Annual vaccination report of Bihar and Orissa - 1911-1928
Year: 1911
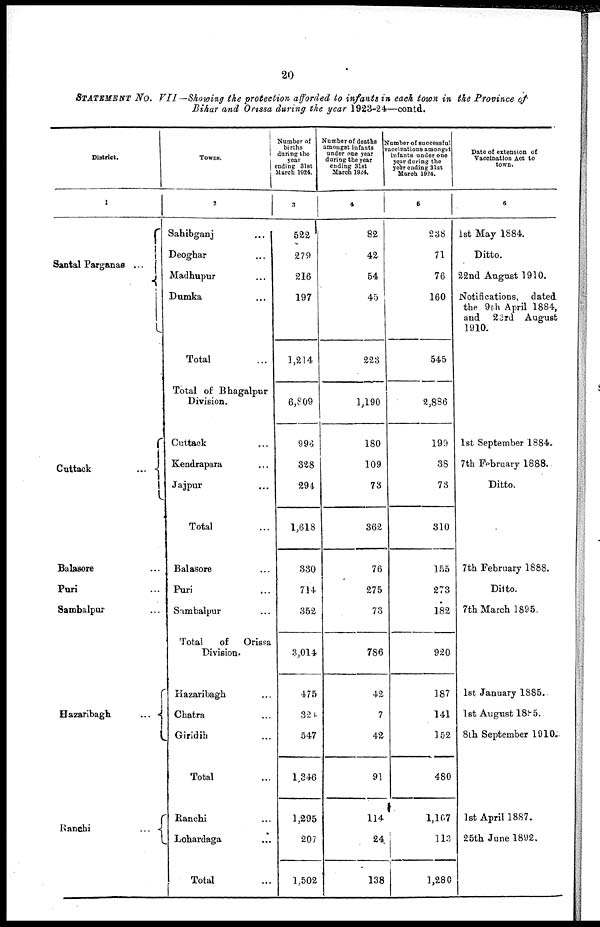
20
STATEMENT NO. VII.—Showing the protection afforded to infants in each town in the Province of
Bihar and Orissa during the year 1923-24—contd.
District.
1
Santal Parganas ...
Cuttack
...
Balasore ...
Puri ...
Sambalpur ...
Hazaribagh ...
Ranchi
...
...
Towns.
2
Sahibganj ...
Deoghar ...
Madhupur ...
Dumka ...
Total ...
Total of Bhagalpur
Division.
Cuttack ...
Kendrapara ...
Jajpur ...
Total ...
Balasore ...
Puri ...
Sambalpur ...
Total
of
Orissa
Division.
Hazaribagh ...
Chatra ...
Giridih ...
Total ...
Ranchi ...
Lohardaga ...
Total ...
Number of
births
during the
year
ending 31st
March 1924.
3
522
279
216
197
1,214
6,809
996
328
294
1,618
330
714
352
3,014
475
324
547
1,346
1,295
207
1,502
Number of deaths
amongst infants
under one year
during the year
ending 31st
March 1924.
4
82
42
54
45
223
1,190
180
109
73
362
76
275
73
786
42
7
42
91
114
24
138
Number of success ful
vaccinations amongst
infants under one
year during the
year ending 31st
March 1924.
5
238
71
76
160
545
2,886
199
38
73
310
155
273
182
920
187
141
152
480
1,167
113
1,280
Date of extension of
Vaccination Act to
town.
6
1st May 1884.
Ditto.
22nd August 1910.
Notifications, dated
the 9th April 1884
and 23rd August
1910.
1st September 1884.
7th February 1888.
Ditto.
7th February 1888.
Ditto.
7th March 1895.
1st January 1885.
1st August 1885.
8th September 1910.
1st April 1887.
25th June 1892.